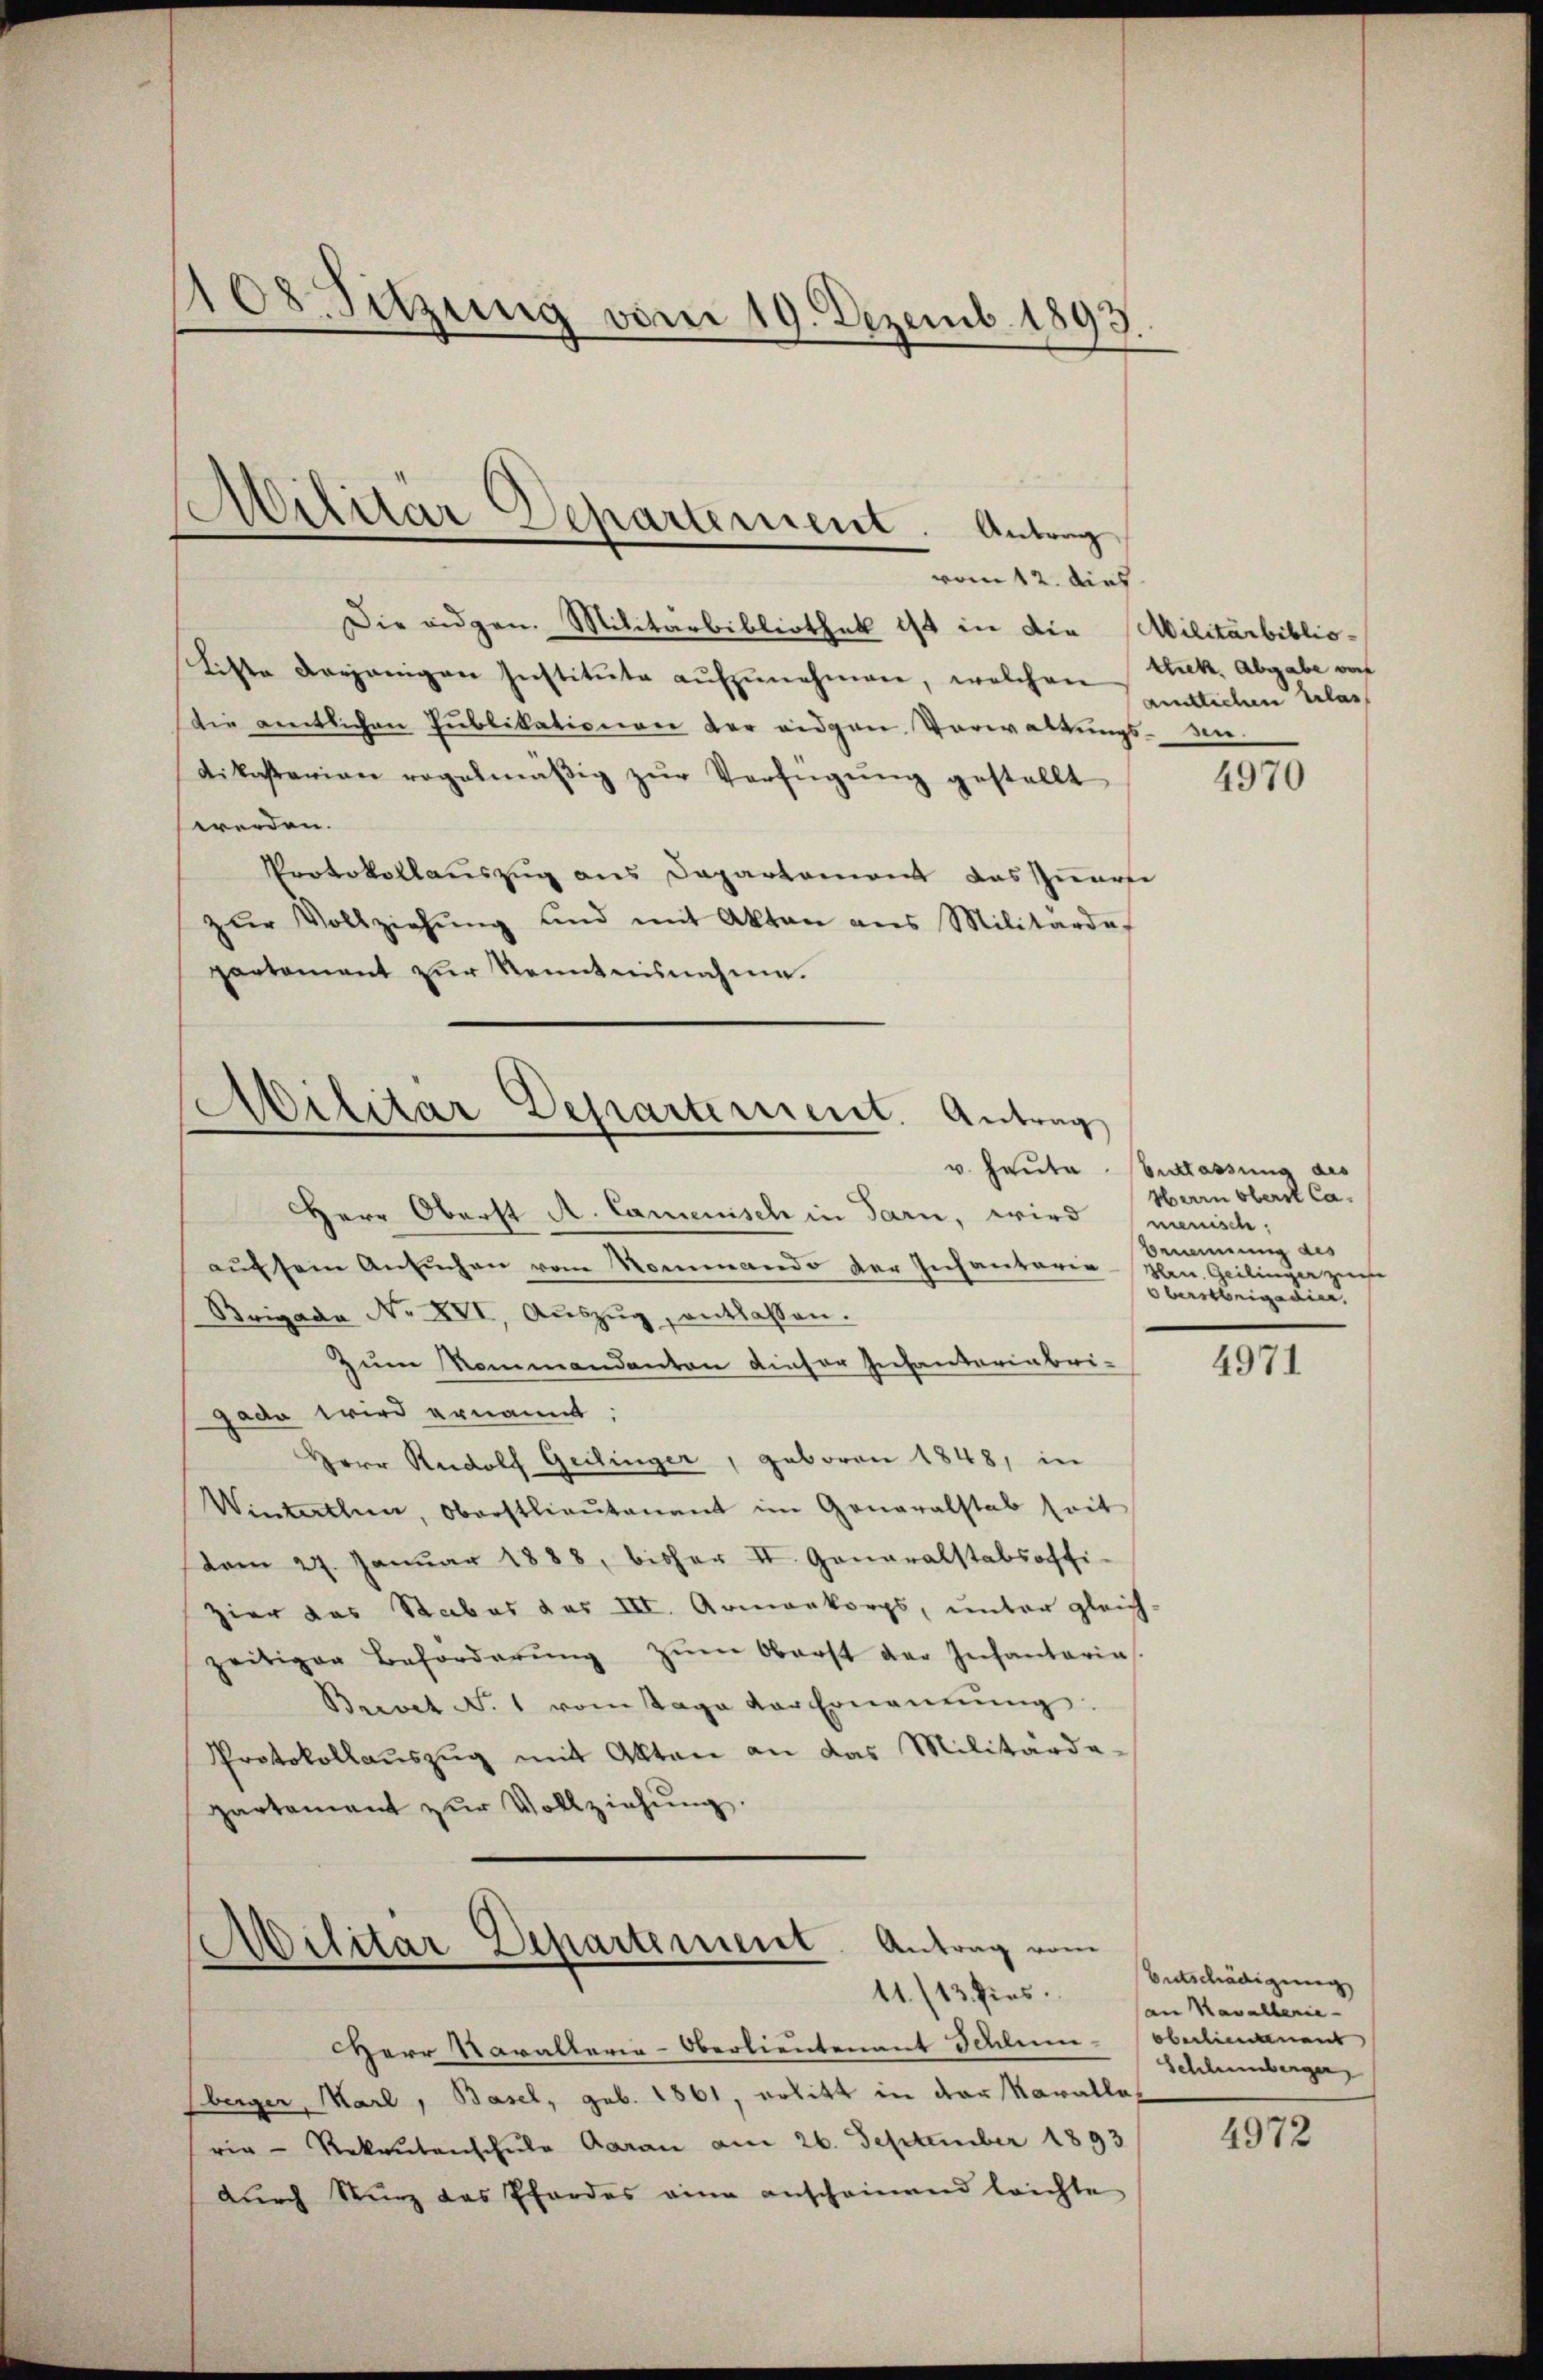
1108. Sitzung vom 19. Dezemb. 1893.

Militär Departement. Antrag
vom 12. dies

Die eidgen. Militärbibliothek ist in die Militärbiblio-
Liste derjenigen Institŭte aŭfzŭnehmen, welchen Blick, Abgabe von
die amtlichen Publikationen der eidgen Vorwaltungs-An-
Dikastarian regelmäβig zŭr Verfügŭng gestellt
werden.
Protokollauszug aus Departement das Quarte
zŭr Vollziehŭng und mit Akten ans Militärde
partement zur Kenntnisnahme.
Militär Departement. Antrag

Militär-Departement. Antrag vom
11./13 hies.

Herr Narallerie-Oberlieutenant Schlim-Oberliegenant
berger, Marl, Basel, geb. 1861, erlitt in der Kavalla
ria - Rekrutenschule Garan am 26. September 1893
durch Sturz das Pfordes eine anscheinend leichte

Herr Oberst A. Camenisch in Tarn, wird menisch;
aŭf sein Ansŭchen vom Mommando der Infantaria-Men. Geilinger zuse
Brigade Nr. XVI, Aŭszŭg, entlassen.
Zum Sommandanton dieser Infantariabrigada wird ernannt.
Herr Rudolf Geilinger, geboren 1848, in
Winterthun, Oberstlieutenant im Generalstab seit
(vom 27. Januar 1888, bisher II. Generalstabsoffi-
Hier das Stabes das III. Armenkorps, unter gleich
zeitiger Beförderŭng zŭm Oberst der Infantaria
Brevet N. 1 vom Tage vor Ernennung
Protokollaŭszŭg mit Akten an das Militärde-
partamant zŭr Vollziehŭng.

amtlichen Erlas

4970

v. Heute Entlassung des
Herrn Oberst Ca-
Bemainung des
Oberstrigadier

4971

Entschädigung
an Kavallerie-
Schlumberger

4972